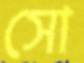
সো